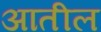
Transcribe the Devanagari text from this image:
अातील